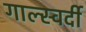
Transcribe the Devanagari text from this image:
गाल्स्वर्दी